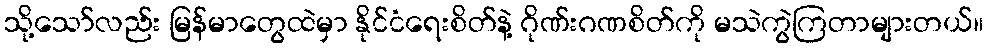
သို့သော်လည်း မြန်မာတွေထဲမှာ နိုင်ငံရေးစိတ်နဲ့ ဂိုဏ်းဂဏစိတ်ကို မသဲကွဲကြတာများတယ်။